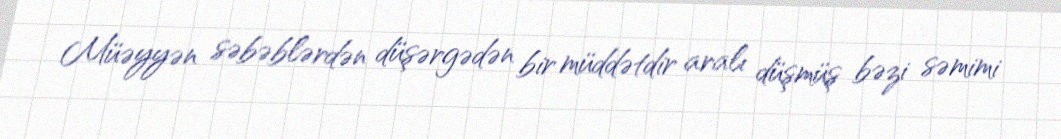
Müəyyən səbəblərdən düşərgədən bir müddətdir aralı düşmüş bəzi səmimi